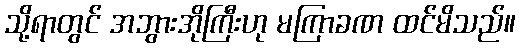
သို့ရာတွင် အဘွားအိုကြီးဟု မကြာခဏ ထင်မိသည်။